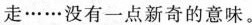
走……没有一点新奇的意味。